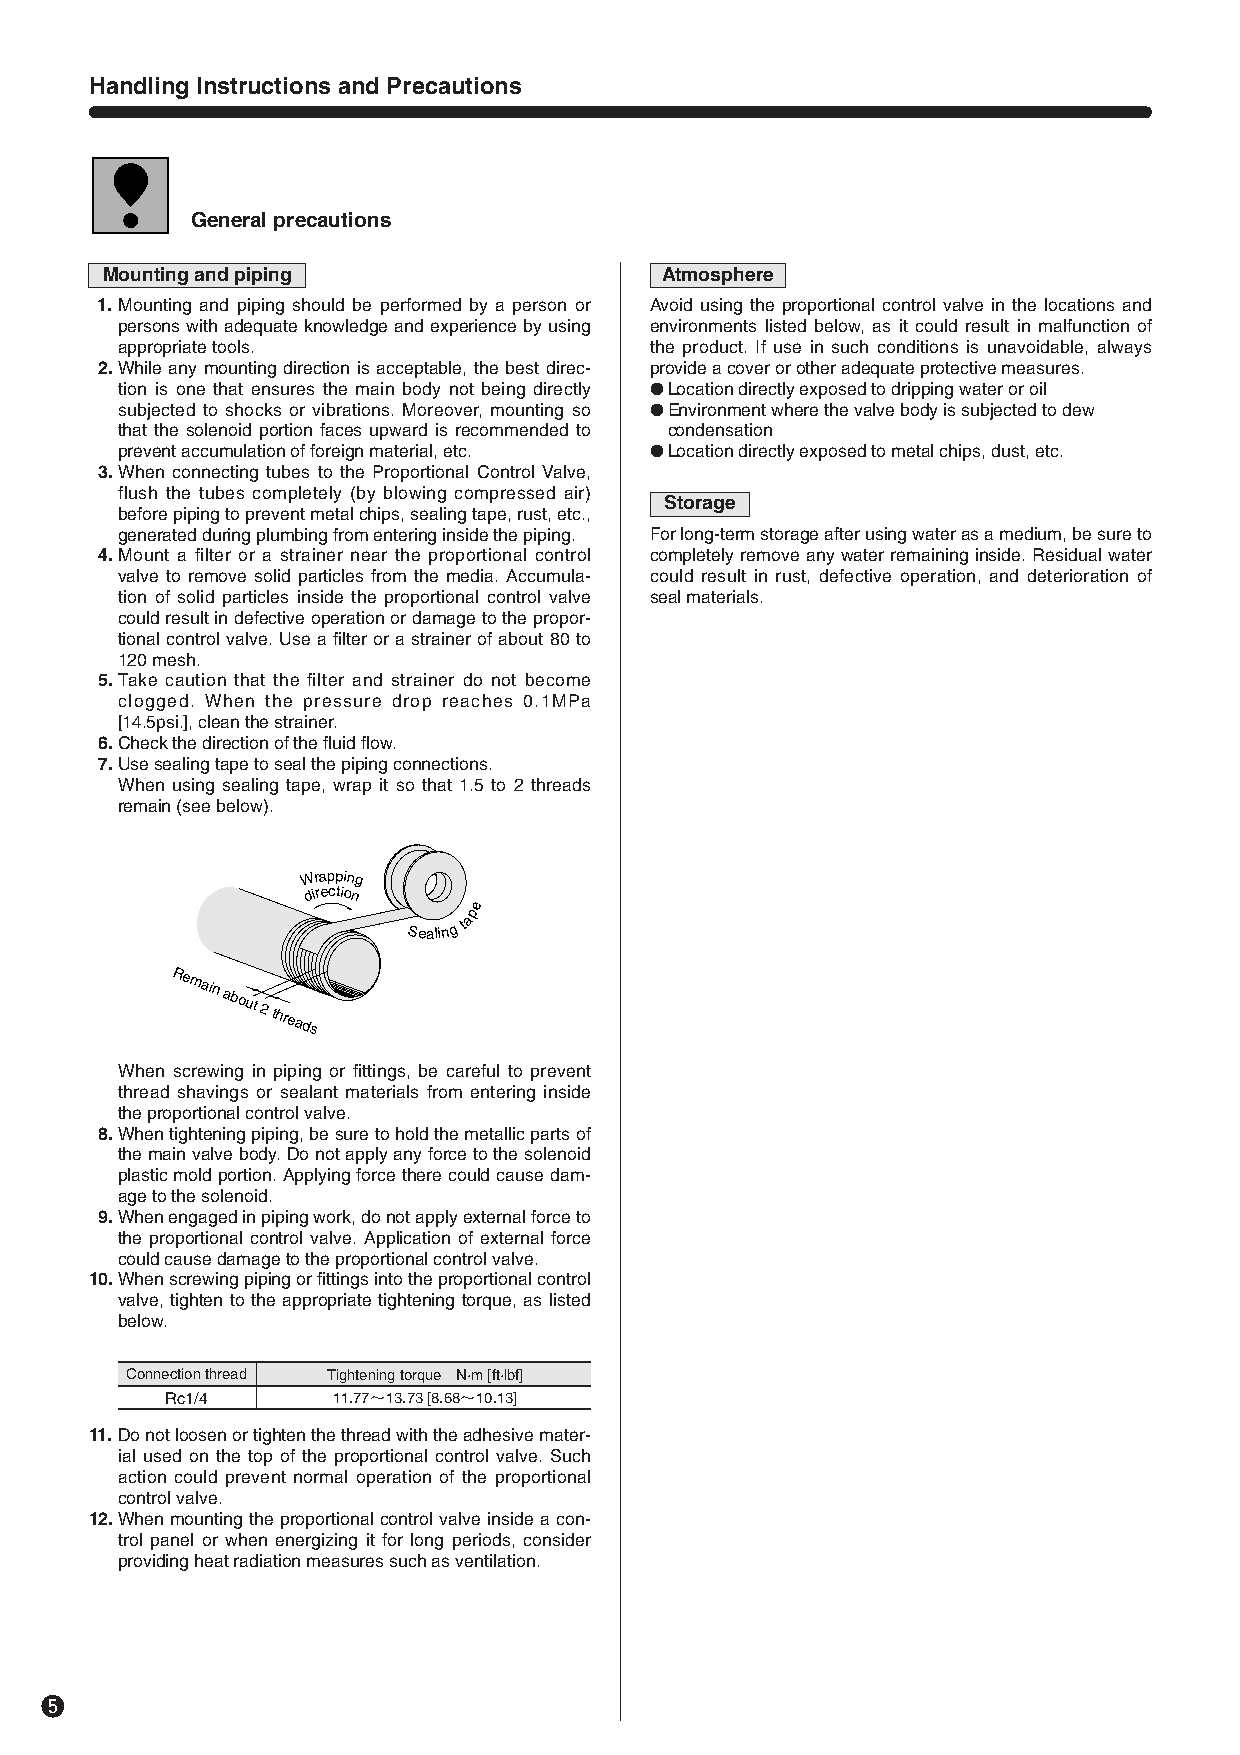
Handling Instructions and Precautions
 General precautions
 Mounting and piping                  Atmosphere
 11.Mounting and piping should be performed by a person or Avoid using the proportional control valve in the locations and
 persons with adequate knowledge and experience by using environments listed below, as it could result in malfunction of
 appropriate tools.                 the product. If use in such conditions is unavoidable, always
 12.While any mounting direction is acceptable, the best direc- provide a cover or other adequate protective measures.
 tion is one that ensures the main body not being directly ●Location directly exposed to dripping water or oil
 subjected to shocks or vibrations. Moreover, mounting so ●Environment where the valve body is subjected to dew
 that the solenoid portion faces upward is recommended to condensation
 prevent accumulation of foreign material, etc. ●Location directly exposed to metal chips, dust, etc.
 13.When connecting tubes to the Proportional Control Valve,
 flush the tubes completely (by blowing compressed air)
 Storage
 before piping to prevent metal chips, sealing tape, rust, etc.,
 generated during plumbing from entering inside the piping. For long-term storage after using water as a medium, be sure to
 14.Mount a filter or a strainer near the proportional control completely remove any water remaining inside. Residual water
 valve to remove solid particles from the media. Accumula- could result in rust, defective operation, and deterioration of
 tion of solid particles inside the proportional control valve seal materials.
 could result in defective operation or damage to the propor-
 tional control valve. Use a filter or a strainer of about 80 to
 120 mesh.
 15.Take caution that the filter and strainer do not become
 clogged. When the pressure drop reaches 0.1MPa
 [14.5psi.], clean the strainer.
 16.Check the direction of the fluid flow.
 17.Use sealing tape to seal the piping connections.
 When using sealing tape, wrap it so that 1.5 to 2 threads
 remain (see below).
 Wrapping
 direction
 e
 p
 Sealingta
 Remain
 about
 2 threads
 When screwing in piping or fittings, be careful to prevent
 thread shavings or sealant materials from entering inside
 the proportional control valve.
 18.When tightening piping, be sure to hold the metallic parts of
 the main valve body. Do not apply any force to the solenoid
 plastic mold portion. Applying force there could cause dam-
 age to the solenoid.
 19.When engaged in piping work, do not apply external force to
 the proportional control valve. Application of external force
 could cause damage to the proportional control valve.
 10.When screwing piping or fittings into the proportional control
 valve, tighten to the appropriate tightening torque, as listed
 below.
 Connection thread Tightening torque N·m [ft·lbf]
 Rc1/4      11.77〜13.73 [8.68〜10.13]
 11.Do not loosen or tighten the thread with the adhesive mater-
 ial used on the top of the proportional control valve. Such
 action could prevent normal operation of the proportional
 control valve.
 12.When mounting the proportional control valve inside a con-
 trol panel or when energizing it for long periods, consider
 providing heat radiation measures such as ventilation.
 t